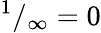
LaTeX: ^{1}/_{\infty}=0